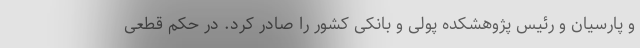
و پارسیان و رئیس پژوهشکده پولی و بانکی کشور را صادر کرد. در حکم قطعی